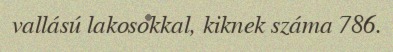
vallású lakosokkal, kiknek száma 786.